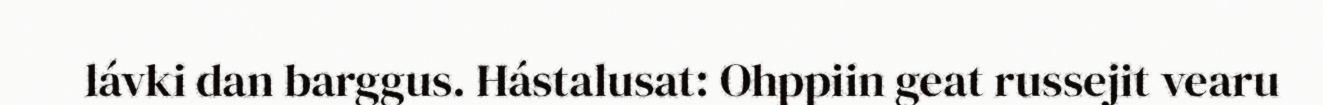
lávki dan barggus. Hástalusat: Ohppiin geat russejit vearu